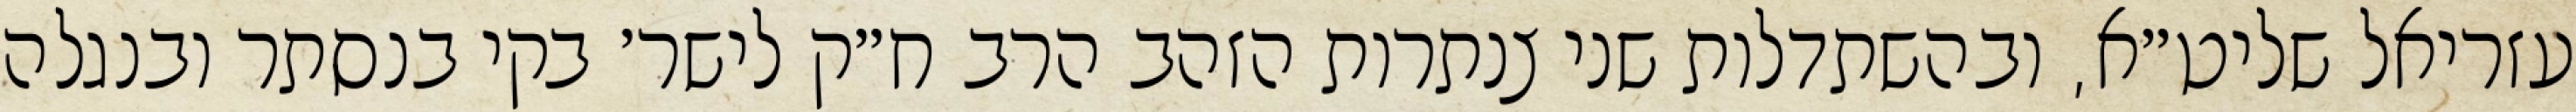
עזריאל שליט״א, ובהשתדלות שני צנתרות הזהב הרב ח״ק לישר׳ בקי בנסתר ובנגלה